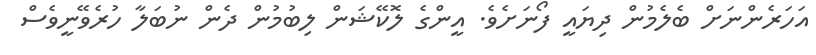
އަހަރެންނަށް ބެލެމުން ދިޔައީ ފޯނަށެވެ. އީންގެ ލޮކޭޝަން ލިބުމުން ދެން ނުބަލާ ހުރެވޭނީވެސް